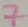
Text: 7